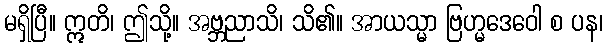
မရှိပြီ။ ဣတိ၊ ဤသို့။ အဗ္ဘညာသိ၊ သိ၏။ အာယသ္မာ ဗြဟ္မဒေဝေါ စ ပန၊